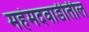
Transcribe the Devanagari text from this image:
महंमदवाडीतील